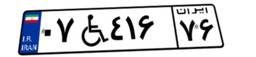
۰۶W۰۹۰۳۰